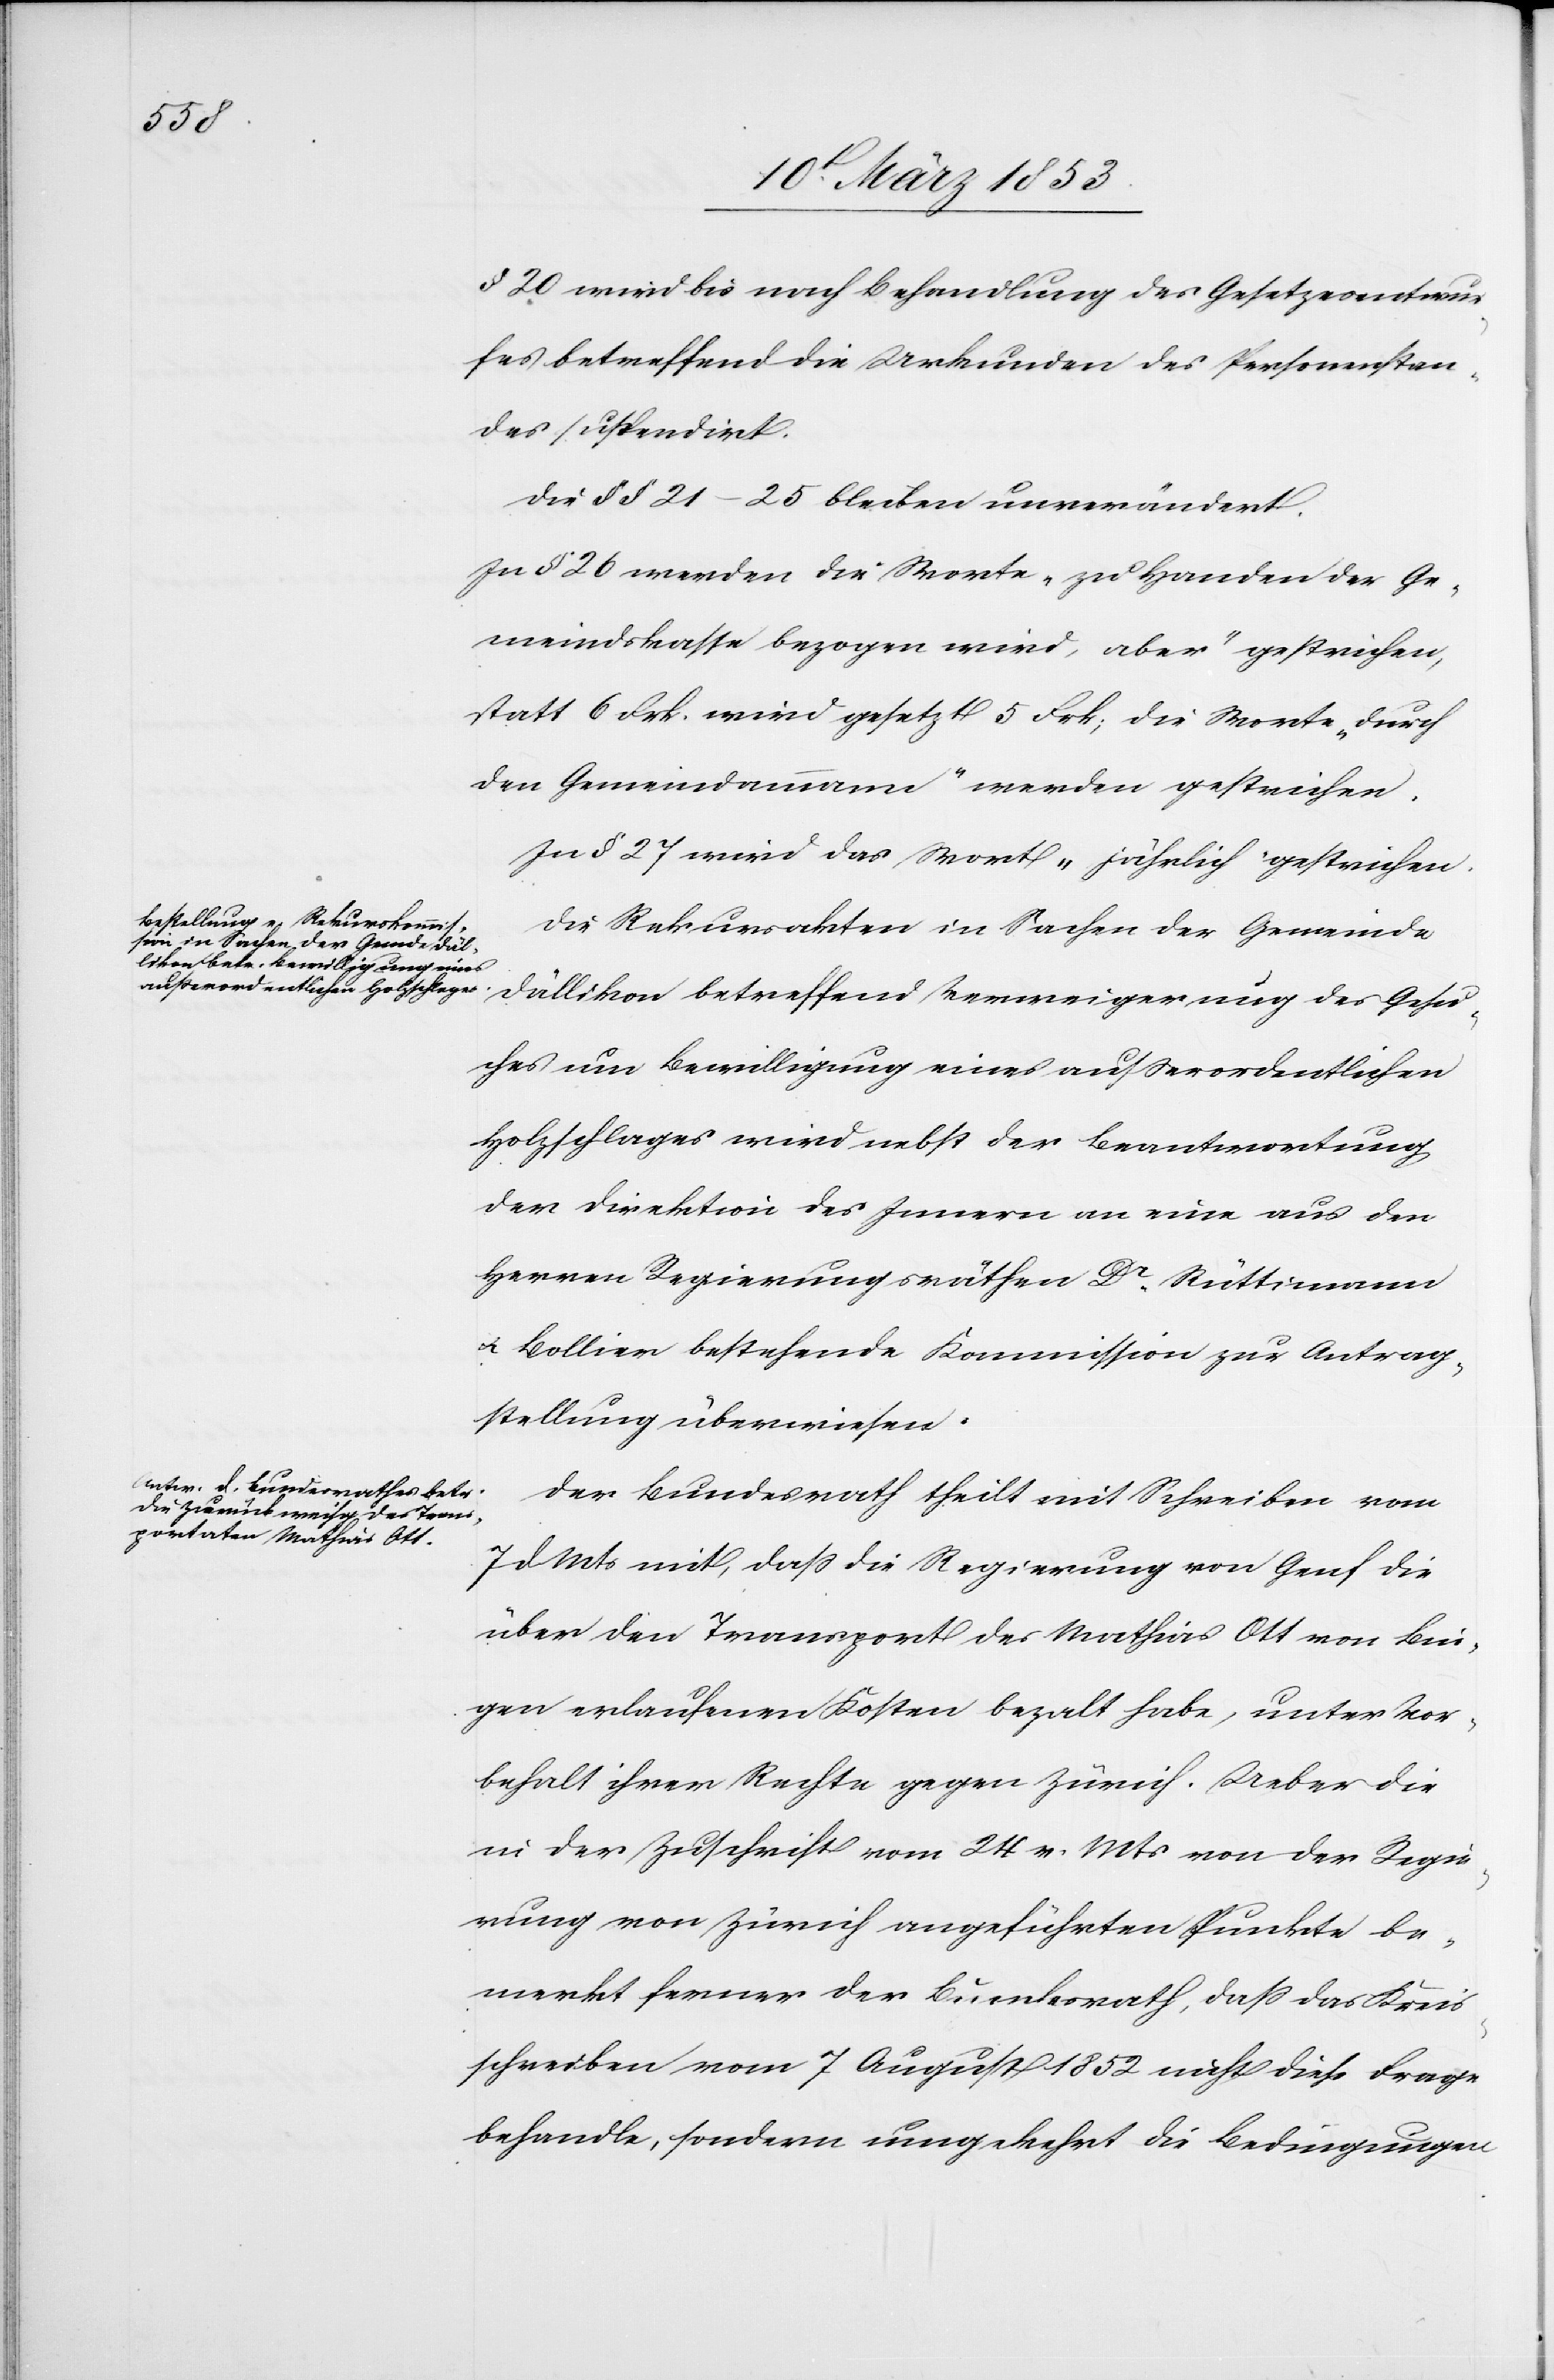
§. 20 wird bis nach Behandlung des Gesetzesentwur¬
fes betreffend die Urkunden des Personenstan¬
des suspendirt.
Die §§ 21–25 bleiben unverändert.
In § 26 werden die Worte „zu Handen der Ge¬
meindskasse bezogen wird, aber“ gestrichen,
statt 6 Frk. wird gesetzt 5 Frk; die Worte „durch
den Gemeindammann“ werden gestrichen.
In § 27 wird das Wort „jährlich gestrichen“.
Die Rekursakten in Sachen der Gemeinde
Dällikon betreffend Verweigerung des Gesu¬
ches um Bewilligung eines außerordentlichen
Holzschlages wird nebst der Beantwortung
der Direktion des Innern an eine aus den
Herren Regierungsräthen Dr. Rüttimann
u. Bollier bestehende Kommission zur Antrag¬
stellung überwiesen.
Der Bundesrath theilt mit Schreiben vom
7 d. Mts. mit, daß die Regierung von Genf die
über den Transport des Mathias Ott von Bin¬
zen erlaufenen Kosten bezalt [sic!] habe, unter Vor¬
behalt ihrer Rechte gegen Zürich. Ueber die
in der Zuschrift vom 24 v. Mts. von der Regie¬
rung von Zürich angeführten Punkte be¬
merkt ferner der Bundesrath, daß das Kreis¬
schreiben vom 7 August 1852 nicht diese Frage
behandle, sondern umgekehrt die Bedingungen